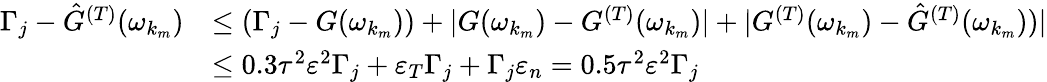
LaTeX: \begin{array}{rl}{\Gamma_{j}-\hat{G}^{(T)}(\omega_{k_{m}})}&{\leq(\Gamma_{j}-{G}(\omega_{k_{m}}))+|{G}(\omega_{k_{m}})-{G}^{(T)}(\omega_{k_{m}})|+|{G}^{(T)}(\omega_{k_{m}})-\hat{G}^{(T)}(\omega_{k_{m}}))|}\\ &{\leq 0.3\tau^{2}\varepsilon^{2}\Gamma_{j}+\varepsilon_{T}\Gamma_{j}+\Gamma_{j}\varepsilon_{n}=0.5\tau^{2}\varepsilon^{2}\Gamma_{j}}\end{array}